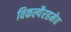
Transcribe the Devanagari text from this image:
विकल्पैरहमेव